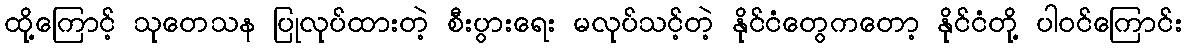
ထို့ကြောင့် သုတေသန ပြုလုပ်ထားတဲ့ စီးပွားရေး မလုပ်သင့်တဲ့ နိုင်ငံတွေကတော့ နိုင်ငံတို့ ပါဝင်ကြောင်း